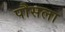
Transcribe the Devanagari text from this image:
पौसला